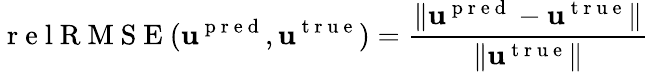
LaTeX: \mathrm{~r~e~l~R~M~S~E~}(\mathbf{u}^{\mathrm{~p~r~e~d~}},\mathbf{u}^{\mathrm{~t~r~u~e~}})=\frac{\| \mathbf{u}^{\mathrm{~p~r~e~d~}}-\mathbf{u}^{\mathrm{~t~r~u~e~}}\| }{\| \mathbf{u}^{\mathrm{~t~r~u~e~}}\| }